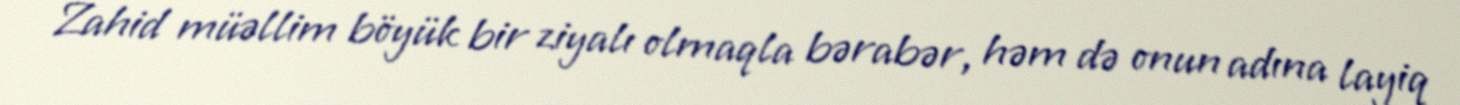
Zahid müəllim böyük bir ziyalı olmaqla bərabər, həm də onun adına layiq